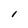
Character: l